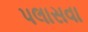
પલાસવા